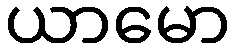
ယာမော